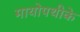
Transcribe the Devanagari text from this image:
मायोपथीके